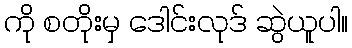
ကို စတိုးမှ ဒေါင်းလုဒ် ဆွဲယူပါ။